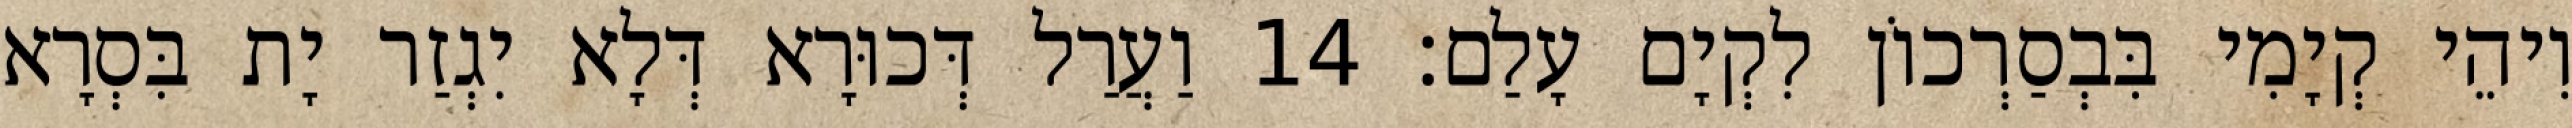
וִיהֵי קְיָמִי בִּבְסַרְכוֹן לִקְיָם עָלַם׃ 14 וַעֲרַל דְּכוּרָא דְּלָא יִגְזַר יָת בִּסְרָא